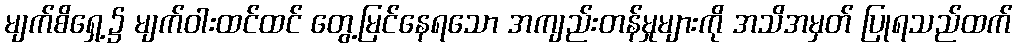
မျက်စိရှေ့၌ မျက်ဝါးထင်ထင် တွေ့မြင်နေရသော အကျည်းတန်မှုများကို အသိအမှတ် ပြုရသည်ထက်